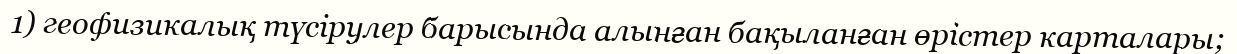
1) геофизикалық түсірулер барысында алынған бақыланған өрістер карталары;